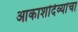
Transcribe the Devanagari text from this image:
आकाशदिव्यांचा